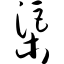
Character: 渠